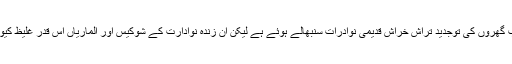
عجائب گھروں کی توجدید تراش خراش قدیمی نوادرات سنبھالے ہوئے ہے لیکن ان زندہ نوادارت کے شوکیس اور الماریاں اس قدر غلیظ کیوں ہیں۔